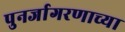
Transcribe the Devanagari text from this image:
पुनर्जागरणाच्या